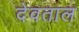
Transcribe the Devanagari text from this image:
देवताल